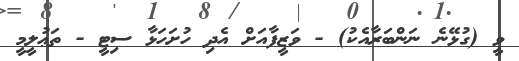
ވީ (ގުޅޭނެ ނަންބަރާއެކު) - ވަޒީފާއަށް އެދި ހުށަހަޅާ ސިޓީ - ތަޢުލީމީ